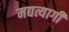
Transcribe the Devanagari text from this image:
मद्यत्यागी